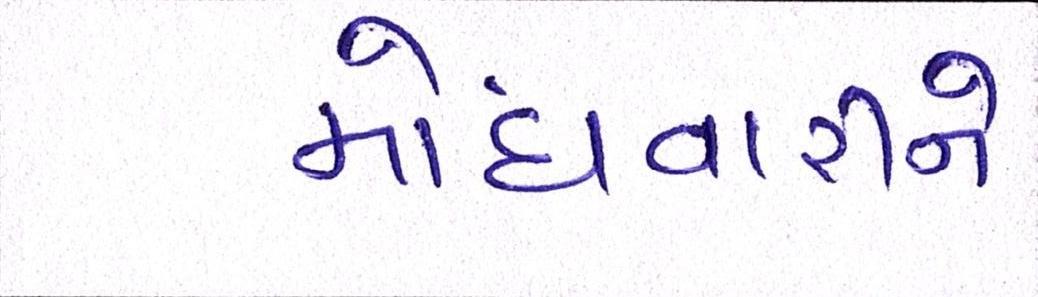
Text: મોંઘવારીને